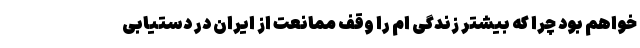
خواهم بود چرا که بیشتر زندگی ام را وقف ممانعت از ایران در دستیابی